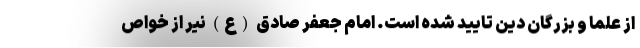
از علما و بزرگان دین تایید شده است. امام جعفر صادق (ع) نیر از خواص